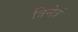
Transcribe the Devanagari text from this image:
त्रिनेत्रं